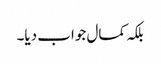
بلکہ کمال جواب دیا۔